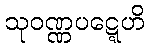
သုဝဏ္ဏပဋ္ဋေဟိ